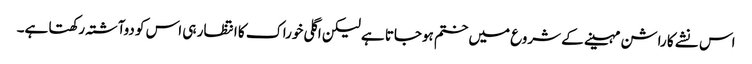
اس نشے کا راشن مہینے کے شروع میں ختم ہوجاتا ہے لیکن اگلی خوراک کا انتظار ہی اس کو دوآشتہ رکھتا ہے۔